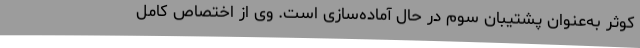
کوثر به‌عنوان پشتیبان سوم در حال آماده‌سازی است. وی از اختصاص کامل